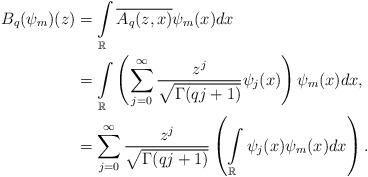
LaTeX: \begin{align*}B_q(\psi_m)(z) &= \int\limits_{\mathbb R} \overline{ A_q(z,x)} \psi_m(x)dx \\&=\int\limits_{\mathbb R}\left( \sum_{j=0}^{\infty} \frac{z^j}{\sqrt{\Gamma(qj+1)}} \psi_j(x)\right)\psi_m(x) dx,\\ &=\sum_{j=0}^{\infty}\frac{z^j}{\sqrt{\Gamma(qj+1)}}\left(\int\limits_{\mathbb R}\psi_j(x)\psi_m(x)dx\right).\\\end{align*}